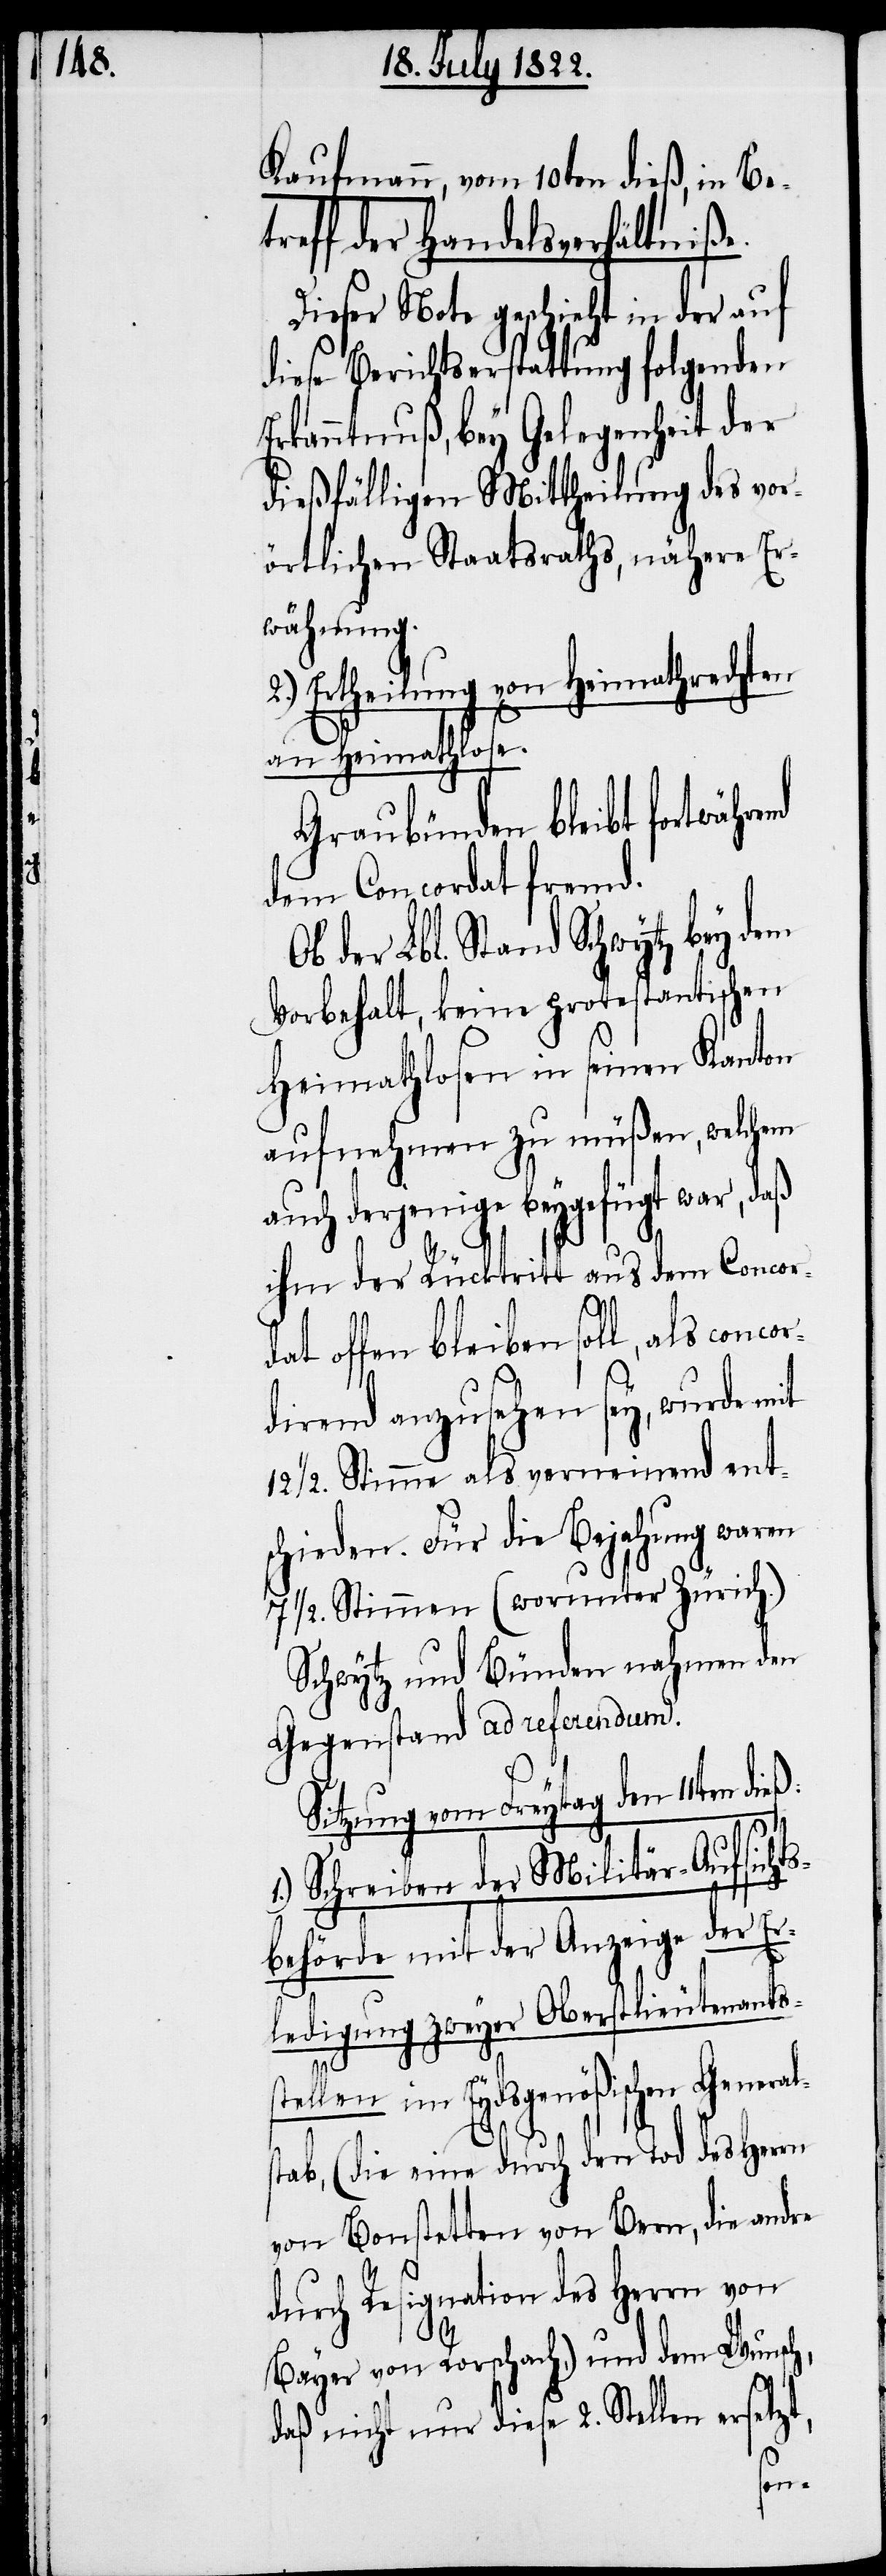
Kaufmann, vom 10ten dieß, in Be¬
treff der Handelsverhältniße.
Dieser Note geschieht in der auf
diese Berichtserstattung folgenden
Erkanntnuß, bey Gelegenheit der
dießfälligen Mittheilung des vor¬
örtlichen Staatsraths, nähere Er¬
wähnung.
2.) Ertheilung von Heimathrechten
an Heimathlose.
Graubünden bleibt fortwähre¬
dem Concordat fremd.
der Lbl. Stand Schwytz bey dem
Vorbehalt, keine protestantischen
Heimathlosen in seinen Kanton
aufnehmen zu müßen, welchem
auch derjenige beygefügt war, daß
ihm der Rücktritt aus dem Concor¬
dat offen bleiben soll, als concor¬
dirend anzusehen sey, wurde mit
12 ½ Stimme als verneinend ent¬
schieden. Für die Bejahung waren
7 ½ Stimmen (worunter Zürich.)
Schwytz und Bünden nahmen den
Gegenstand ad referendum.
Sitzung vom Freytag den 11ten dieß:
ichts¬
1.) Schreiben der Militär-Aufs¬
behörde mit der Anzeige der Er¬
ledigung zweyer Oberstlieutnants¬
stellen im Eydsgenößischen General¬
stab, (die eine durch den Tod des Herrn
von Bonstetten von Bern, die andre
durch Resignation des Herrn von
setzt,
Bayer von Rorschach,) und dem Wunsch,
nd
daß nicht diese 2. Stellen er¬